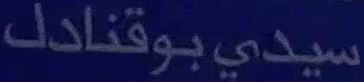
سيدي-بوقنادل